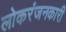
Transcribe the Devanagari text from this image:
लोकरंजनकारी